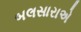
બલસારાએ